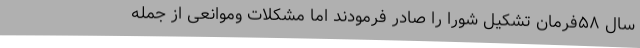
سال ۵۸فرمان تشکیل شورا را صادر فرمودند امّا مشکلات وموانعی از جمله